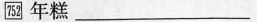
752 年糕___